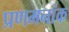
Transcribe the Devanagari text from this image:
प्रणमनांक